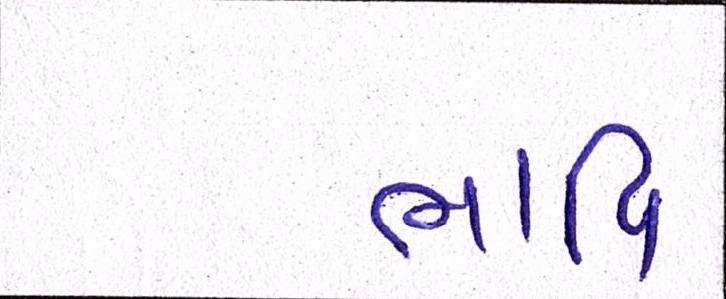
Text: ભાવિ